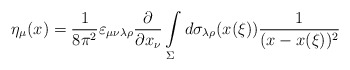
\begin{align*}\eta_\mu(x)=\frac{1}{8\pi^2}\varepsilon_{\mu\nu\lambda\rho}\frac{\partial}{\partial x_\nu}\int\limits_{\Sigma}^{}d\sigma_{\lambda\rho}(x(\xi))\frac{1}{(x-x(\xi))^2}\end{align*}